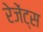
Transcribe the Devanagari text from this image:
रेजेंट्स